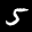
Label: 5